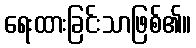
ရေးထားခြင်းသာဖြစ်၏။